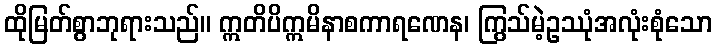
ထိုမြတ်စွာဘုရားသည်။ ဣတိပိဣမိနာစကာရဏေန၊ ကြွသ်မဲ့ဥဿုံအလုံးစုံသော